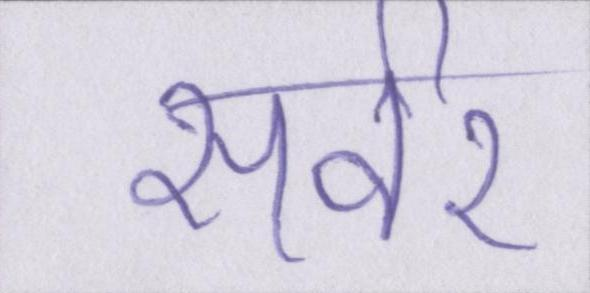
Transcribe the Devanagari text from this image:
सर्वर